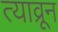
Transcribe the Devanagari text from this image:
त्याव्रून